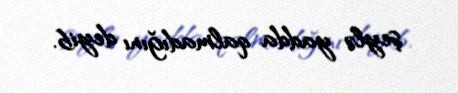
şeylə yadda qalmadığını deyib.